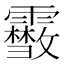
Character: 𩆥